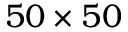
5 0 \times 5 0